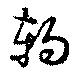
軥